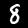
Digit: 8